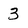
Character: 3